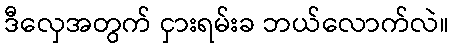
ဒီလှေအတွက် ငှားရမ်းခ ဘယ်လောက်လဲ။